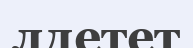
лдетет